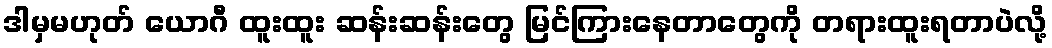
ဒါမှမဟုတ် ယောဂီ ထူးထူး ဆန်းဆန်းတွေ မြင်ကြားနေတာတွေကို တရားထူးရတာပဲလို့